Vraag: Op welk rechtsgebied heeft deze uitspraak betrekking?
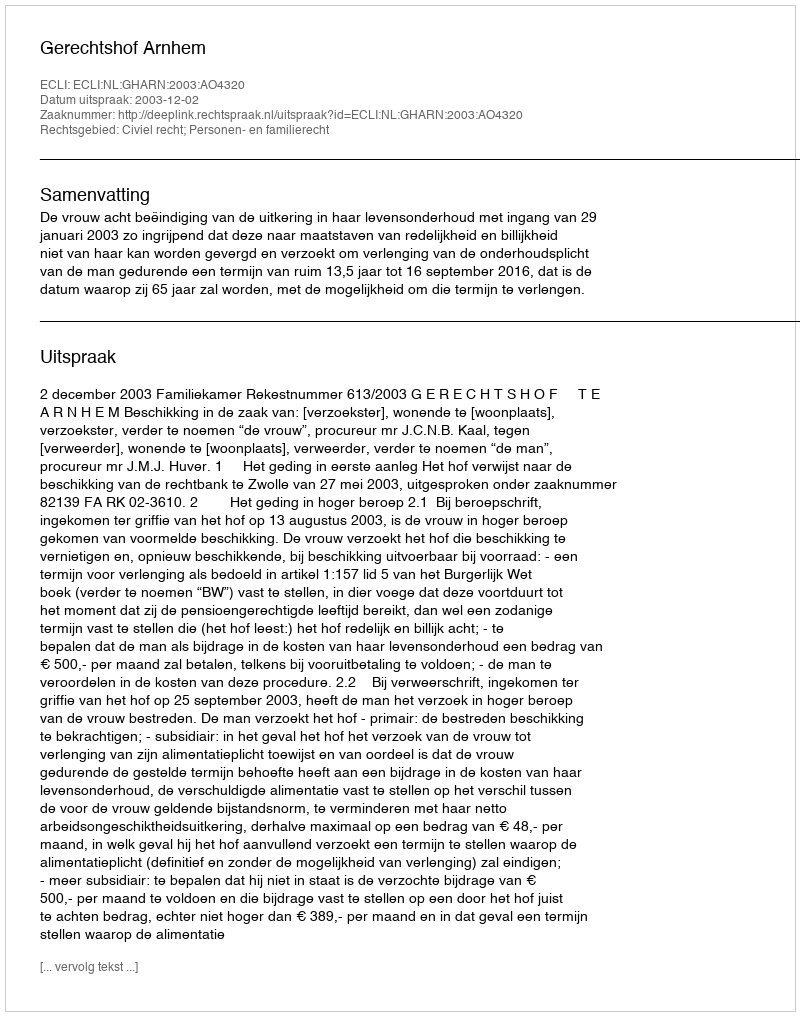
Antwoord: Civiel recht; Personen- en familierecht